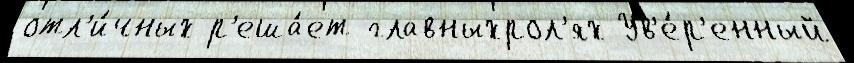
отл'и́чных р'еша́ет главныхрол'ях Ув'е́р'енный